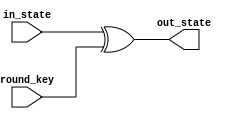
module AddRoundKey (in_state, round_key, out_state);
input [127:0] in_state;
input [127:0] round_key;
output [127:0] out_state;
assign out_state = in_state ^ round_key;    
endmodule